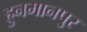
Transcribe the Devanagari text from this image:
हुनमानपुर